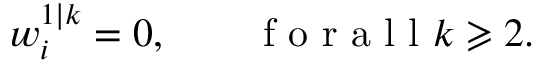
w _ { i } ^ { 1 | k } = 0 , \qquad \mathrm { ~ f ~ o ~ r ~ a ~ l ~ l ~ } k \geqslant 2 .